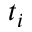
t _ { i }